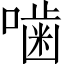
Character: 噛